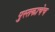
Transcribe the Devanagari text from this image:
पुस्तकाचेच